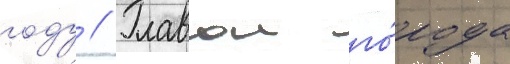
году // Главои го́рода